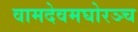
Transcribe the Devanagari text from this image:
वामदेवमघोरञ्च